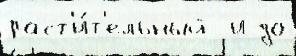
раст'и́т'ельный  и до